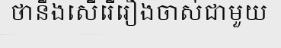
ថានឹងសើរើរឿងចាស់ជាមួយ